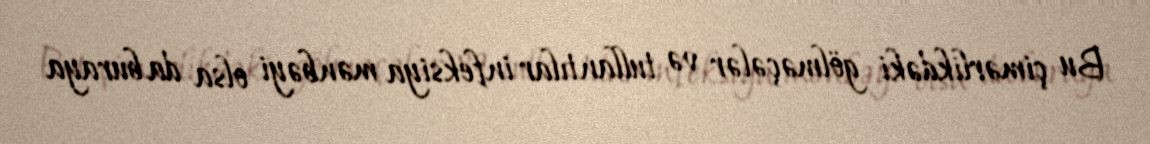
Bu çimərlikdəki gölməçələr və tullantılar infeksiya mənbəyi olsa da buraya